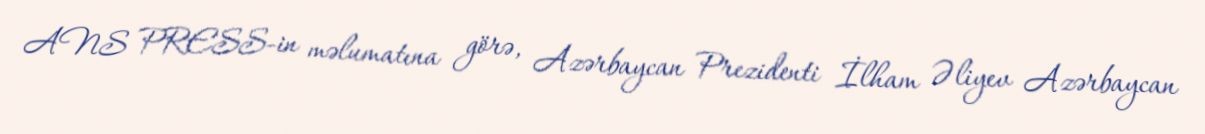
ANS PRESS-in məlumatına görə, Azərbaycan Prezidenti İlham Əliyev Azərbaycan